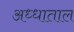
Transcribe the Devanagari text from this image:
अध्धाताल